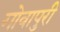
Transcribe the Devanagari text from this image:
गोवापुरी